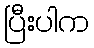
ပြီးပါက